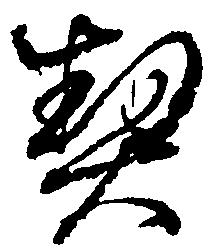
契